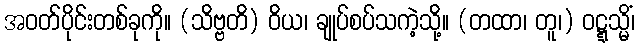
အဝတ်ပိုင်းတစ်ခုကို။ (သိဗ္ဗတိ) ဝိယ၊ ချုပ်စပ်သကဲ့သို့။ (တထာ၊ တူ၊) ဝဋ္ဋသ္မိံ၊